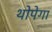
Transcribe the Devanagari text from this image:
थोपेगा